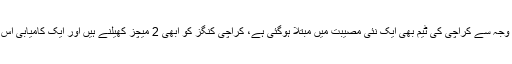
لاہور قلندرز کے خلاف شکست کی وجہ سے کراچی کی ٹیم بھی ایک نئی مصیبت میں مبتلا ہوگئی ہے، کراچی کنگز کو ابھی 2 میچز کھیلنے ہیں اور ایک کامیابی اس کی مشکلات کو آسان کرسکتی ہے۔